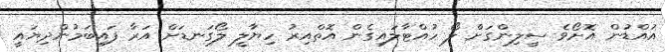
އުއްޑުން އޮށޯވެ ސީލިންގަށް ލޯ ހުއްޓާލައިގެން އޮތްއިރު ހިޔާލީ ލޯގަނޑަށް އަރާ ފައިބަމުންދިޔައީ